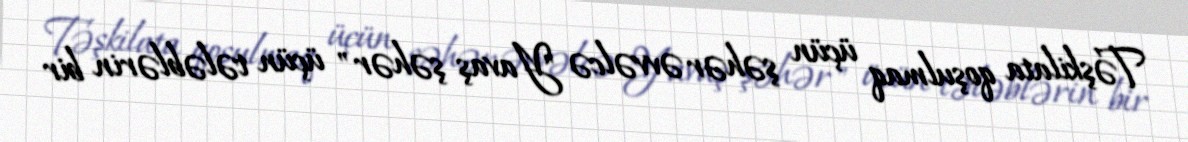
Təşkilata qoşulmaq üçün şəhər əvvəlcə "Yavaş şəhər" üçün tələblərin bir